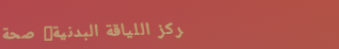
مركز اللياقة البدنية: صحة